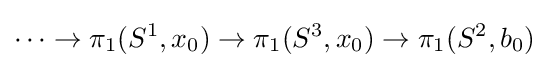
\cdots \rightarrow \pi _{1}(S^{1},x_{0})\rightarrow \pi _{1}(S^{3},x_{0})\rightarrow \pi _{1}(S^{2},b_{0})